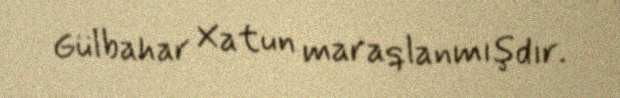
Gülbahar Xatun maraqlanmışdır.